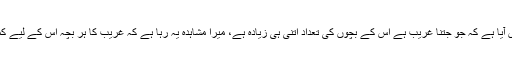
پھر یہ بھی دیکھنے میں آیا ہے کہ جو جتنا غریب ہے اس کے بچوں کی تعداد اتنی ہی زیادہ ہے، میرا مشاہدہ یہ رہا ہے کہ غریب کا ہر بچہ اس کے لیے کمانے والا ایک فرد ہے۔